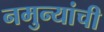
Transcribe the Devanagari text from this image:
नमुन्यांची